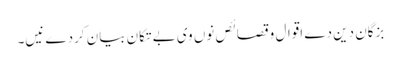
بزگان دین دے اقوال و قصائص نو‏‏ں وی بے تکان بیان کردے نیں۔